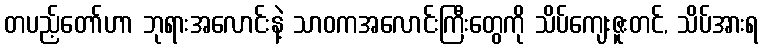
တပည့်တော်ဟာ ဘုရားအလောင်းနဲ့ သာဝကအလောင်းကြီးတွေကို သိပ်ကျေးဇူးတင်, သိပ်အားရ